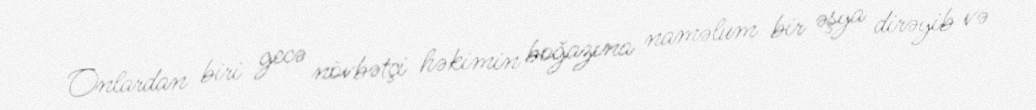
Onlardan biri gecə növbətçi həkimin boğazına naməlum bir əşya dirəyib və